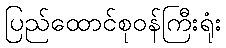
ပြည်ထောင်စုဝန်ကြီးရုံး